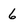
Character: 6